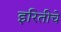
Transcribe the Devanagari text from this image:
इरितीचे